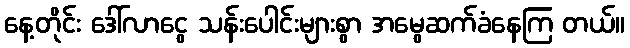
နေ့တိုင်း ဒေါ်လာငွေ သန်းပေါင်းများစွာ အမွေဆက်ခံနေကြ တယ်။